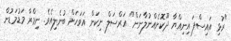
"ރުޅި އައިސްފަ އިނިއްޔާ ދޫކޮށެއްނުލާނަން" އަރްސަލް ނިކަން އަވަހަށް ބުނެލިއެވެ. ނިމްރާ މަޑުމަޑުން